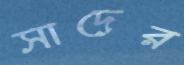
সাদের